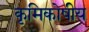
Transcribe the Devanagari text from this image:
कृमिकोषीय